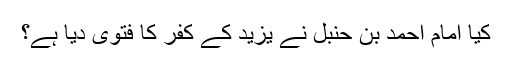
کیا امام احمد بن حنبل نے یزید کے کفر کا فتویٰ دیا ہے؟